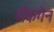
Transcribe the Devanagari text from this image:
मॅकगेन